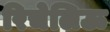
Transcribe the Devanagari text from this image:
रिचेलिऊ